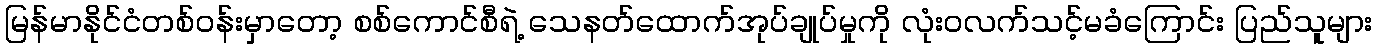
မြန်မာနိုင်ငံတစ်ဝန်းမှာတော့ စစ်ကောင်စီရဲ့ သေနတ်ထောက်အုပ်ချုပ်မှုကို လုံးဝလက်သင့်မခံကြောင်း ပြည်သူများ